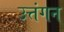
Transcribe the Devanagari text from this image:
उत्तंगन